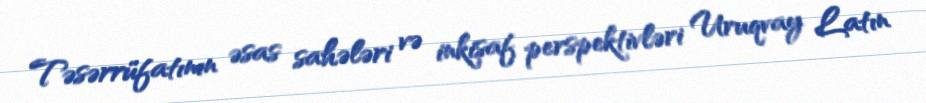
Təsərrüfatının əsas sahələri və inkişaf perspektivləri Uruqvay Latın